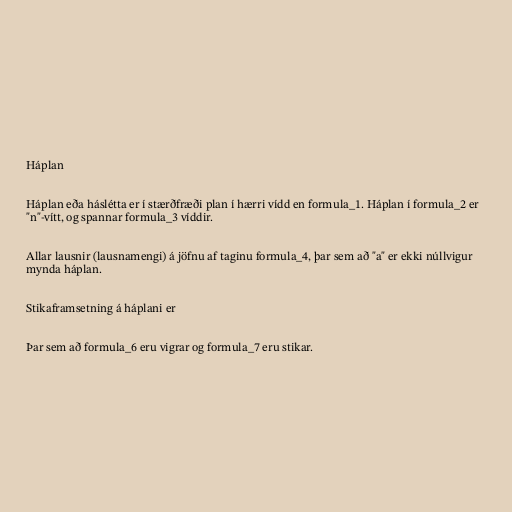
Háplan

Háplan eða háslétta er í stærðfræði plan í hærri vídd en formula_1. Háplan í formula_2 er
"n"-vítt, og spannar formula_3 víddir.

Allar lausnir (lausnamengi) á jöfnu af taginu formula_4, þar sem að "a" er ekki núllvigur
mynda háplan.

Stikaframsetning á háplani er

Þar sem að formula_6 eru vigrar og formula_7 eru stikar.